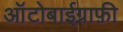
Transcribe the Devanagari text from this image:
आॅटोबाईग्राफ़ी